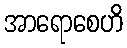
အာရောစေဟိ